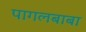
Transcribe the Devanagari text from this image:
पागलबाबा